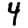
Digit: 4